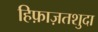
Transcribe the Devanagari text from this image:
हिफ़ाज़तशुदा